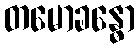
တမောခန္ဓော